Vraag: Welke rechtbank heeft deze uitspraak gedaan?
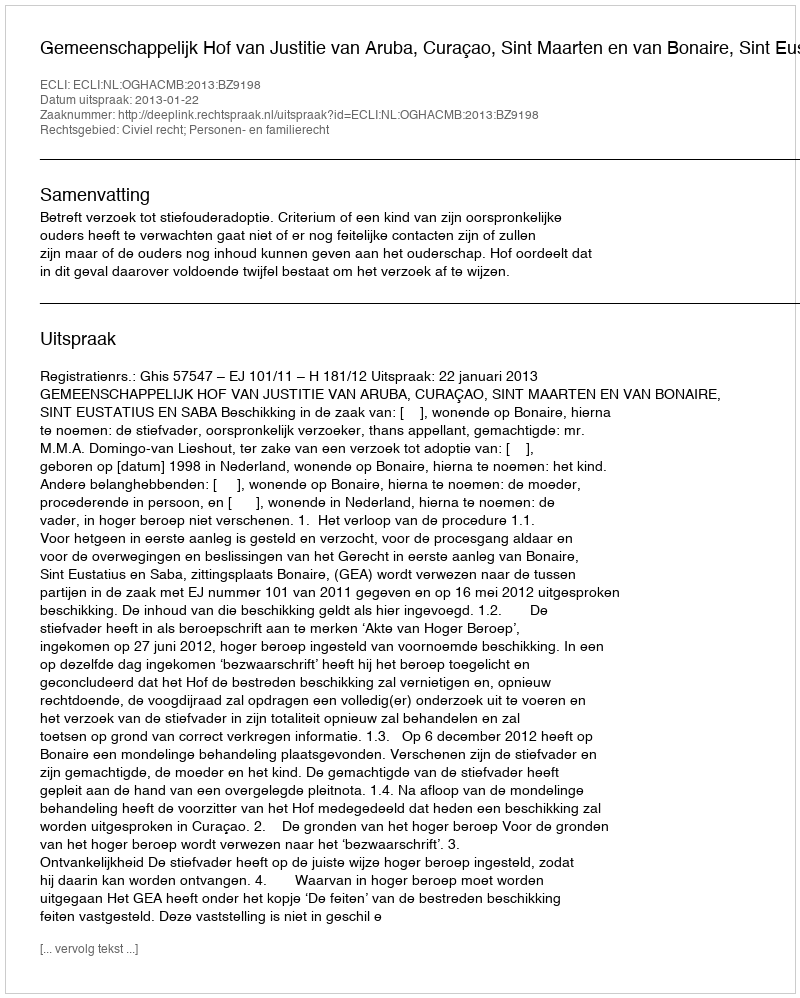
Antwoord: Gemeenschappelijk Hof van Justitie van Aruba, Curaçao, Sint Maarten en van Bonaire, Sint Eustatius en Saba